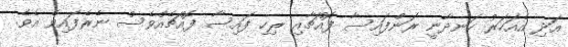
އަދި އެއަހަރު ހަނދާނީ ރަންފައިސާ ފޮއްޗާއި ރިހި ފައިސާ ފޮއްޗެއްވެސް ނެރެފައިވެ އެވެ.